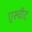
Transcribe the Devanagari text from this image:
एस्चीट